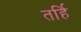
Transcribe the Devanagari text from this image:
तर्हि